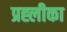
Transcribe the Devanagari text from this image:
प्रह्लीका